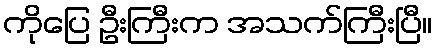
ကိုပြေ ဦးကြီးက အသက်ကြီးပြီ။